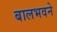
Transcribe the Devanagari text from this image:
बालभवने